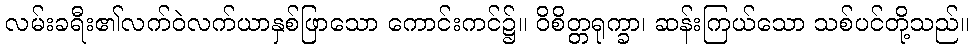
လမ်းခရီး၏လက်ဝဲလက်ယာနှစ်ဖြာသော ကောင်းကင်၌။ ဝိစိတ္တရုက္ခာ၊ ဆန်းကြယ်သော သစ်ပင်တို့သည်။